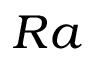
R a